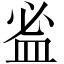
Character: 𥁑